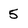
Character: 5